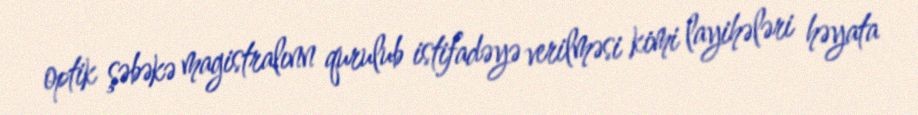
optik şəbəkə magistralınn qurulub istifadəyə verilməsi kimi layihələri həyata